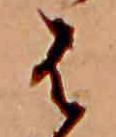
は